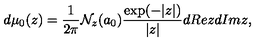
d \mu _ { 0 } ( z ) = { \frac { 1 } { 2 \pi } } { \cal N } _ { z } ( a _ { 0 } ) { \frac { \exp ( - | z | ) } { | z | } } d R e z d I m z ,